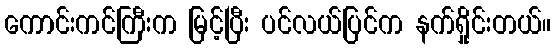
ကောင်းကင်ကြီးက မြင့်ပြီး ပင်လယ်ပြင်က နက်ရှိုင်းတယ်။